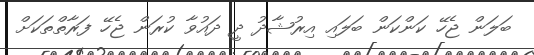
ބަލަން ޖެހޭ ކަންކަން ބަލައި އިރުޝާދު ދީ ދައުވާ ކުރަން ޖެހޭ ފަރާތްތަކަށް